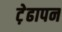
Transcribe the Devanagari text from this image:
ट़ेढापन